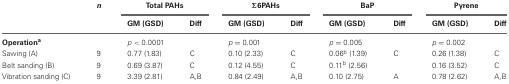
<table><thead><tr><td></td><td><b><i>n</i></b></td><td colspan="2"><b>Total PAHs</b></td><td colspan="2"><b>Σ6PAHs</b></td><td colspan="2"><b>BaP</b></td><td colspan="2"><b>Pyrene</b></td></tr><tr><td></td><td></td><td><b>GM (GSD)</b></td><td><b>Diff</b></td><td><b>GM (GSD)</b></td><td><b>Diff</b></td><td><b>GM (GSD)</b></td><td><b>Diff</b></td><td><b>GM (GSD)</b></td><td><b>Diff</b></td></tr></thead><tbody><tr><td><b>Operation<sup>a</sup></b></td><td></td><td><i>p</i> &lt; 0.0001</td><td></td><td><i>p</i> = 0.001</td><td></td><td><i>p</i> = 0.005</td><td></td><td><i>p</i> = 0.002</td><td></td></tr><tr><td>Sawing (A)</td><td>9</td><td>0.77 (1.83)</td><td>C</td><td>0.10 (2.33)</td><td>C</td><td>0.06<sup>b</sup> (1.39)</td><td>C</td><td>0.26 (1.38)</td><td>C</td></tr><tr><td>Belt sanding (B)</td><td>9</td><td>0.69 (3.87)</td><td>C</td><td>0.12 (4.55)</td><td>C</td><td>0.11<sup>b</sup> (2.56)</td><td></td><td>0.16 (3.52)</td><td>C</td></tr><tr><td>Vibration sanding (C)</td><td>9</td><td>3.39 (2.81)</td><td>A,B</td><td>0.84 (2.49)</td><td>A,B</td><td>0.10 (2.75)</td><td>A</td><td>0.78 (2.62)</td><td>A,B</td></tr></tbody></table>